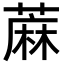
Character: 蔴